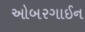
ઓબરગાઈન